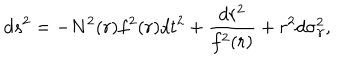
LaTeX: d s ^ { 2 } = - N ^ { 2 } ( r ) f ^ { 2 } ( r ) d t ^ { 2 } + \frac { d r ^ { 2 } } { f ^ { 2 } ( r ) } + r ^ { 2 } d \sigma _ { \gamma } ^ { 2 } ,